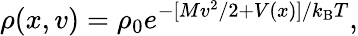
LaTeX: \rho(x,v)=\rho_{0}e^{-[Mv^{2}/2+V(x)]/k_{\mathrm{B}}T},